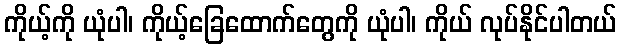
ကိုယ့်ကို ယုံပါ၊ ကိုယ့်ခြေထောက်တွေကို ယုံပါ၊ ကိုယ် လုပ်နိုင်ပါတယ်